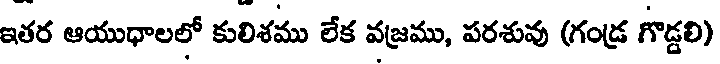
ఇతర ఆయుధాలలో కులిశము లేక వజ్రము, పరశువు (గండ్ర గొడ్డలి)